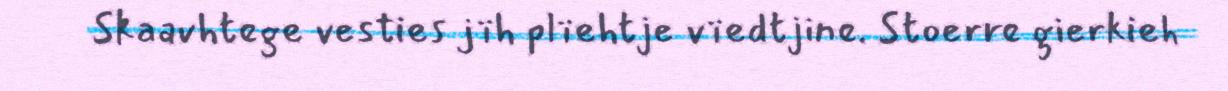
Skaavhtege vesties jïh plïehtje vïedtjine. Stoerre gierkieh